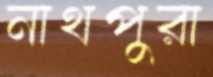
নাথপুরা